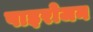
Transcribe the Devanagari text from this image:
पाइरोजन